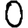
Digit: 0